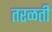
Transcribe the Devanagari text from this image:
तरळती